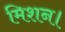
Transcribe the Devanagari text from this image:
मिशन।